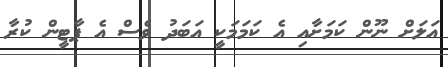
އަލަށް ނޫން ކަމަށާއި އެ ކަމަމަކީ އަބަދު ވެސް އެ ޕާޓީން ކުރާ